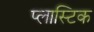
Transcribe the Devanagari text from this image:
प्‍लास्‍टिक